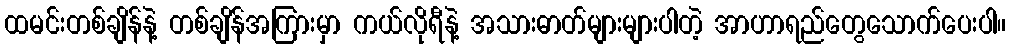
ထမင်းတစ်ချိန်နဲ့ တစ်ချိန်အကြားမှာ ကယ်လိုရီနဲ့ အသားဓာတ်များများပါတဲ့ အာဟာရည်တွေသောက်ပေးပါ။